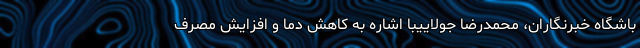
باشگاه خبرنگاران، محمدرضا جولاییبا اشاره به کاهش دما و افزایش مصرف